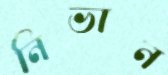
নিভান